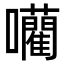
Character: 𭌾